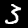
Label: 3